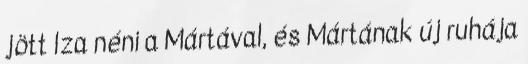
jött Iza néni a Mártával, és Mártának új ruhája